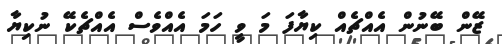
ޒޭން ބޭނުން އެއްޗެއް ކިޔާފަ މަ ވީ ހަމަ އެއްވެސް އެއްޗެކޭ ނުކިޔާ